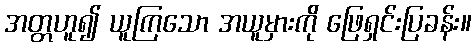
အတ္တဟူ၍ ယူကြသော အယူမှားကို ဖြေရှင်းပြခန်း။